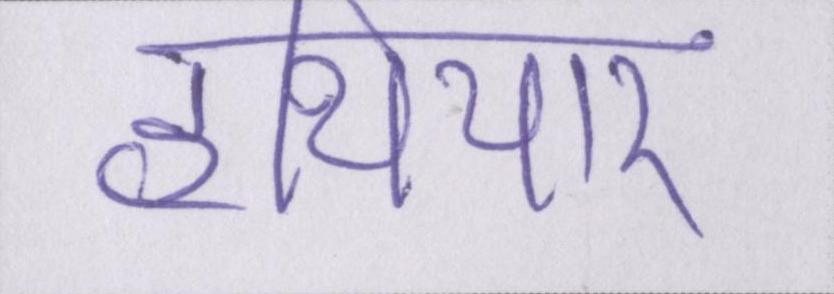
हथियार